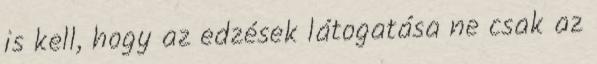
is kell, hogy az edzések látogatása ne csak az